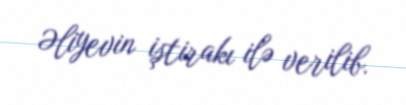
Əliyevin iştirakı ilə verilib.